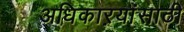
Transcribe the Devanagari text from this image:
अधिकाऱयांसाठी